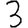
Digit: 3